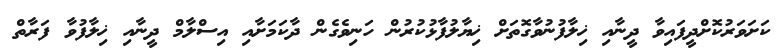
ކަށަވަރުކޮށްދީފައިވާ ދީނާއި ޚިލާފުނުވާގޮތަށް ޚިޔާލުފާޅުކުރުން ހަނިވެގެން ދާކަމަށާއި އިސްލާމް ދީނާއި ޚިލާފުވާ ފަރާތް